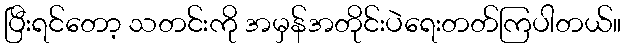
ပြီးရင်တော့ သတင်းကို အမှန်အတိုင်းပဲရေးတတ်ကြပါတယ်။